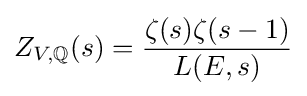
Z_{V\!,\mathbb {Q} }(s)={\frac {\zeta (s)\zeta (s-1)}{L(E,s)}}